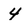
Character: 4